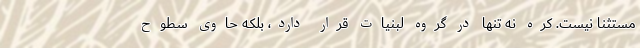
مستثنا نیست. کره نه تنها در گروه لبنیات قرار دارد، بلکه حاوی سطوح